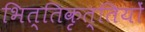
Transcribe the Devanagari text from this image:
भित्तिकृत्तियों